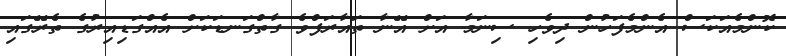
ކޮންމެއަކަސް އެންމެފަހުން ދިވެހި ސިނަމާ އަށް އޭނާ ތައާރަފްވެ ގާތްގަނޑަކަށް އެއްގަޑިއިރުގެ ތެރޭގައި